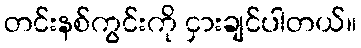
တင်းနစ်ကွင်းကို ငှားချင်ပါတယ်။